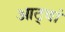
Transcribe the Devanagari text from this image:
आठ्वां